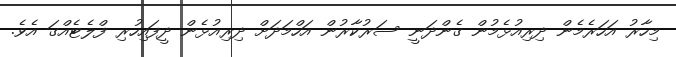
މިހާރު އަހަރެމެން ދިރިއުޅެމުން ގެންދަނީ ސަރުކާރުން އަހްމަދަށް ދިރިއުޅެން ދީފައިހުރި ފްލެޓެއްގަ އެވެ.